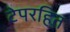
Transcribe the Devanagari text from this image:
टेपरहित